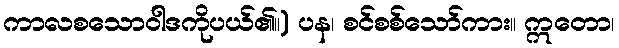
ကာလစသောဝါဒကိုပယ်၏။) ပန၊ စင်စစ်သော်ကား။ ဣတော၊